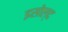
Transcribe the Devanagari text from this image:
इसोल्द